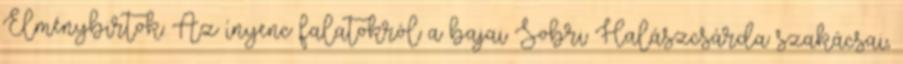
Élménybirtok: Az ínyenc falatokról a bajai Sobri Halászcsárda szakácsai,